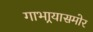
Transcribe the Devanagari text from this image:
गाभार्‍यासमोर